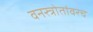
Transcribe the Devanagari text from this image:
वनस्त्रोतांवरच